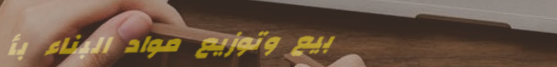
بيع وتوزيع مواد البناء بأ